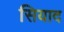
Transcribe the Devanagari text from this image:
सियाद